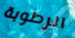
الرطوبة